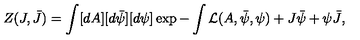
Z ( J , \bar { J } ) = \int [ d A ] [ d \bar { \psi } ] [ d \psi ] \exp - \int { \cal L } ( A , \bar { \psi } , \psi ) + J \bar { \psi } + \psi \bar { J } ,